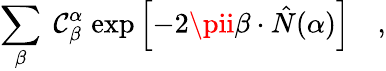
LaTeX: \sum_{\beta}\; \mathcal{C}_{\beta}^{\alpha}\; \mathrm{{exp}}\left[-2\pii\beta\cdot\hat{{N}}(\alpha)\right]\quad,